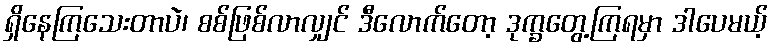
ရှိနေကြသေးတာပဲ၊ စစ်ဖြစ်လာလျှင် ဒီလောက်တော့ ဒုက္ခတွေ့ကြရမှာ ဒါပေမယ့်